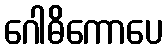
ဂေါဓိကောပေ